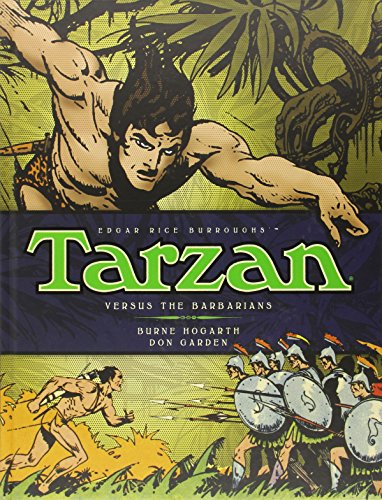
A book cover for Tarzan - Versus The Barbarians (Vol. 2); Comics & Graphic Novels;